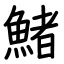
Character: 鯺